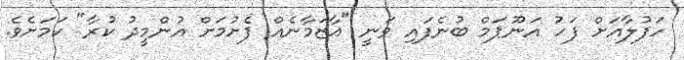
ހަފުލާއަށް ފަހު އަނޫޕަމް ބުނެފައި ވަނީ "އާޒަމާނެއް ފެށުމަށް އުންމީދު ކުރާ" ކަމަށެވެ.